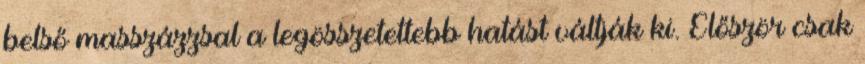
belső masszázzsal a legösszetettebb hatást váltják ki. Először csak